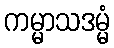
ကမ္မာသဒမ္မံ